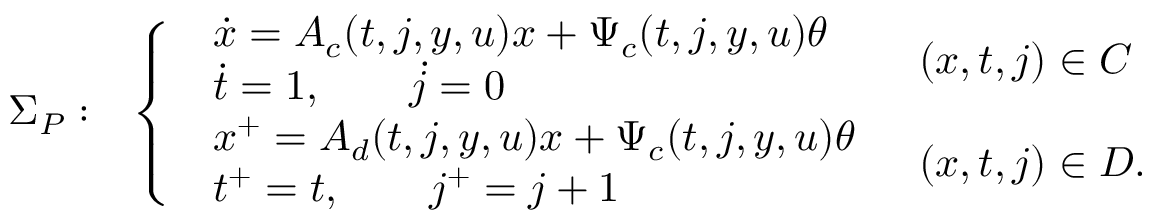
\begin{array} { r l } { \Sigma _ { P } : } & { \left\{ \begin{array} { l l } { \begin{array} { l } { \dot { x } = A _ { c } ( t , j , y , u ) x + \Psi _ { c } ( t , j , y , u ) \theta } \\ { \dot { t } = 1 , \qquad \dot { j } = 0 } \end{array} } & { ( x , t , j ) \in C } \\ { \begin{array} { l } { x ^ { + } = A _ { d } ( t , j , y , u ) x + \Psi _ { c } ( t , j , y , u ) \theta } \\ { t ^ { + } = t , \qquad j ^ { + } = j + 1 } \end{array} } & { ( x , t , j ) \in D . } \end{array} \right. } \end{array}